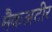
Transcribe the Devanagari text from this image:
मैकअटीर